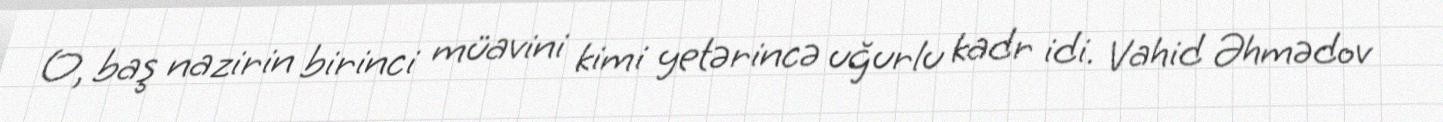
O, baş nazirin birinci müavini kimi yetərincə uğurlu kadr idi. Vahid Əhmədov